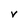
Character: V